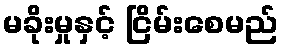
မခိုးမှုနှင့် ငြိမ်းစေမည်